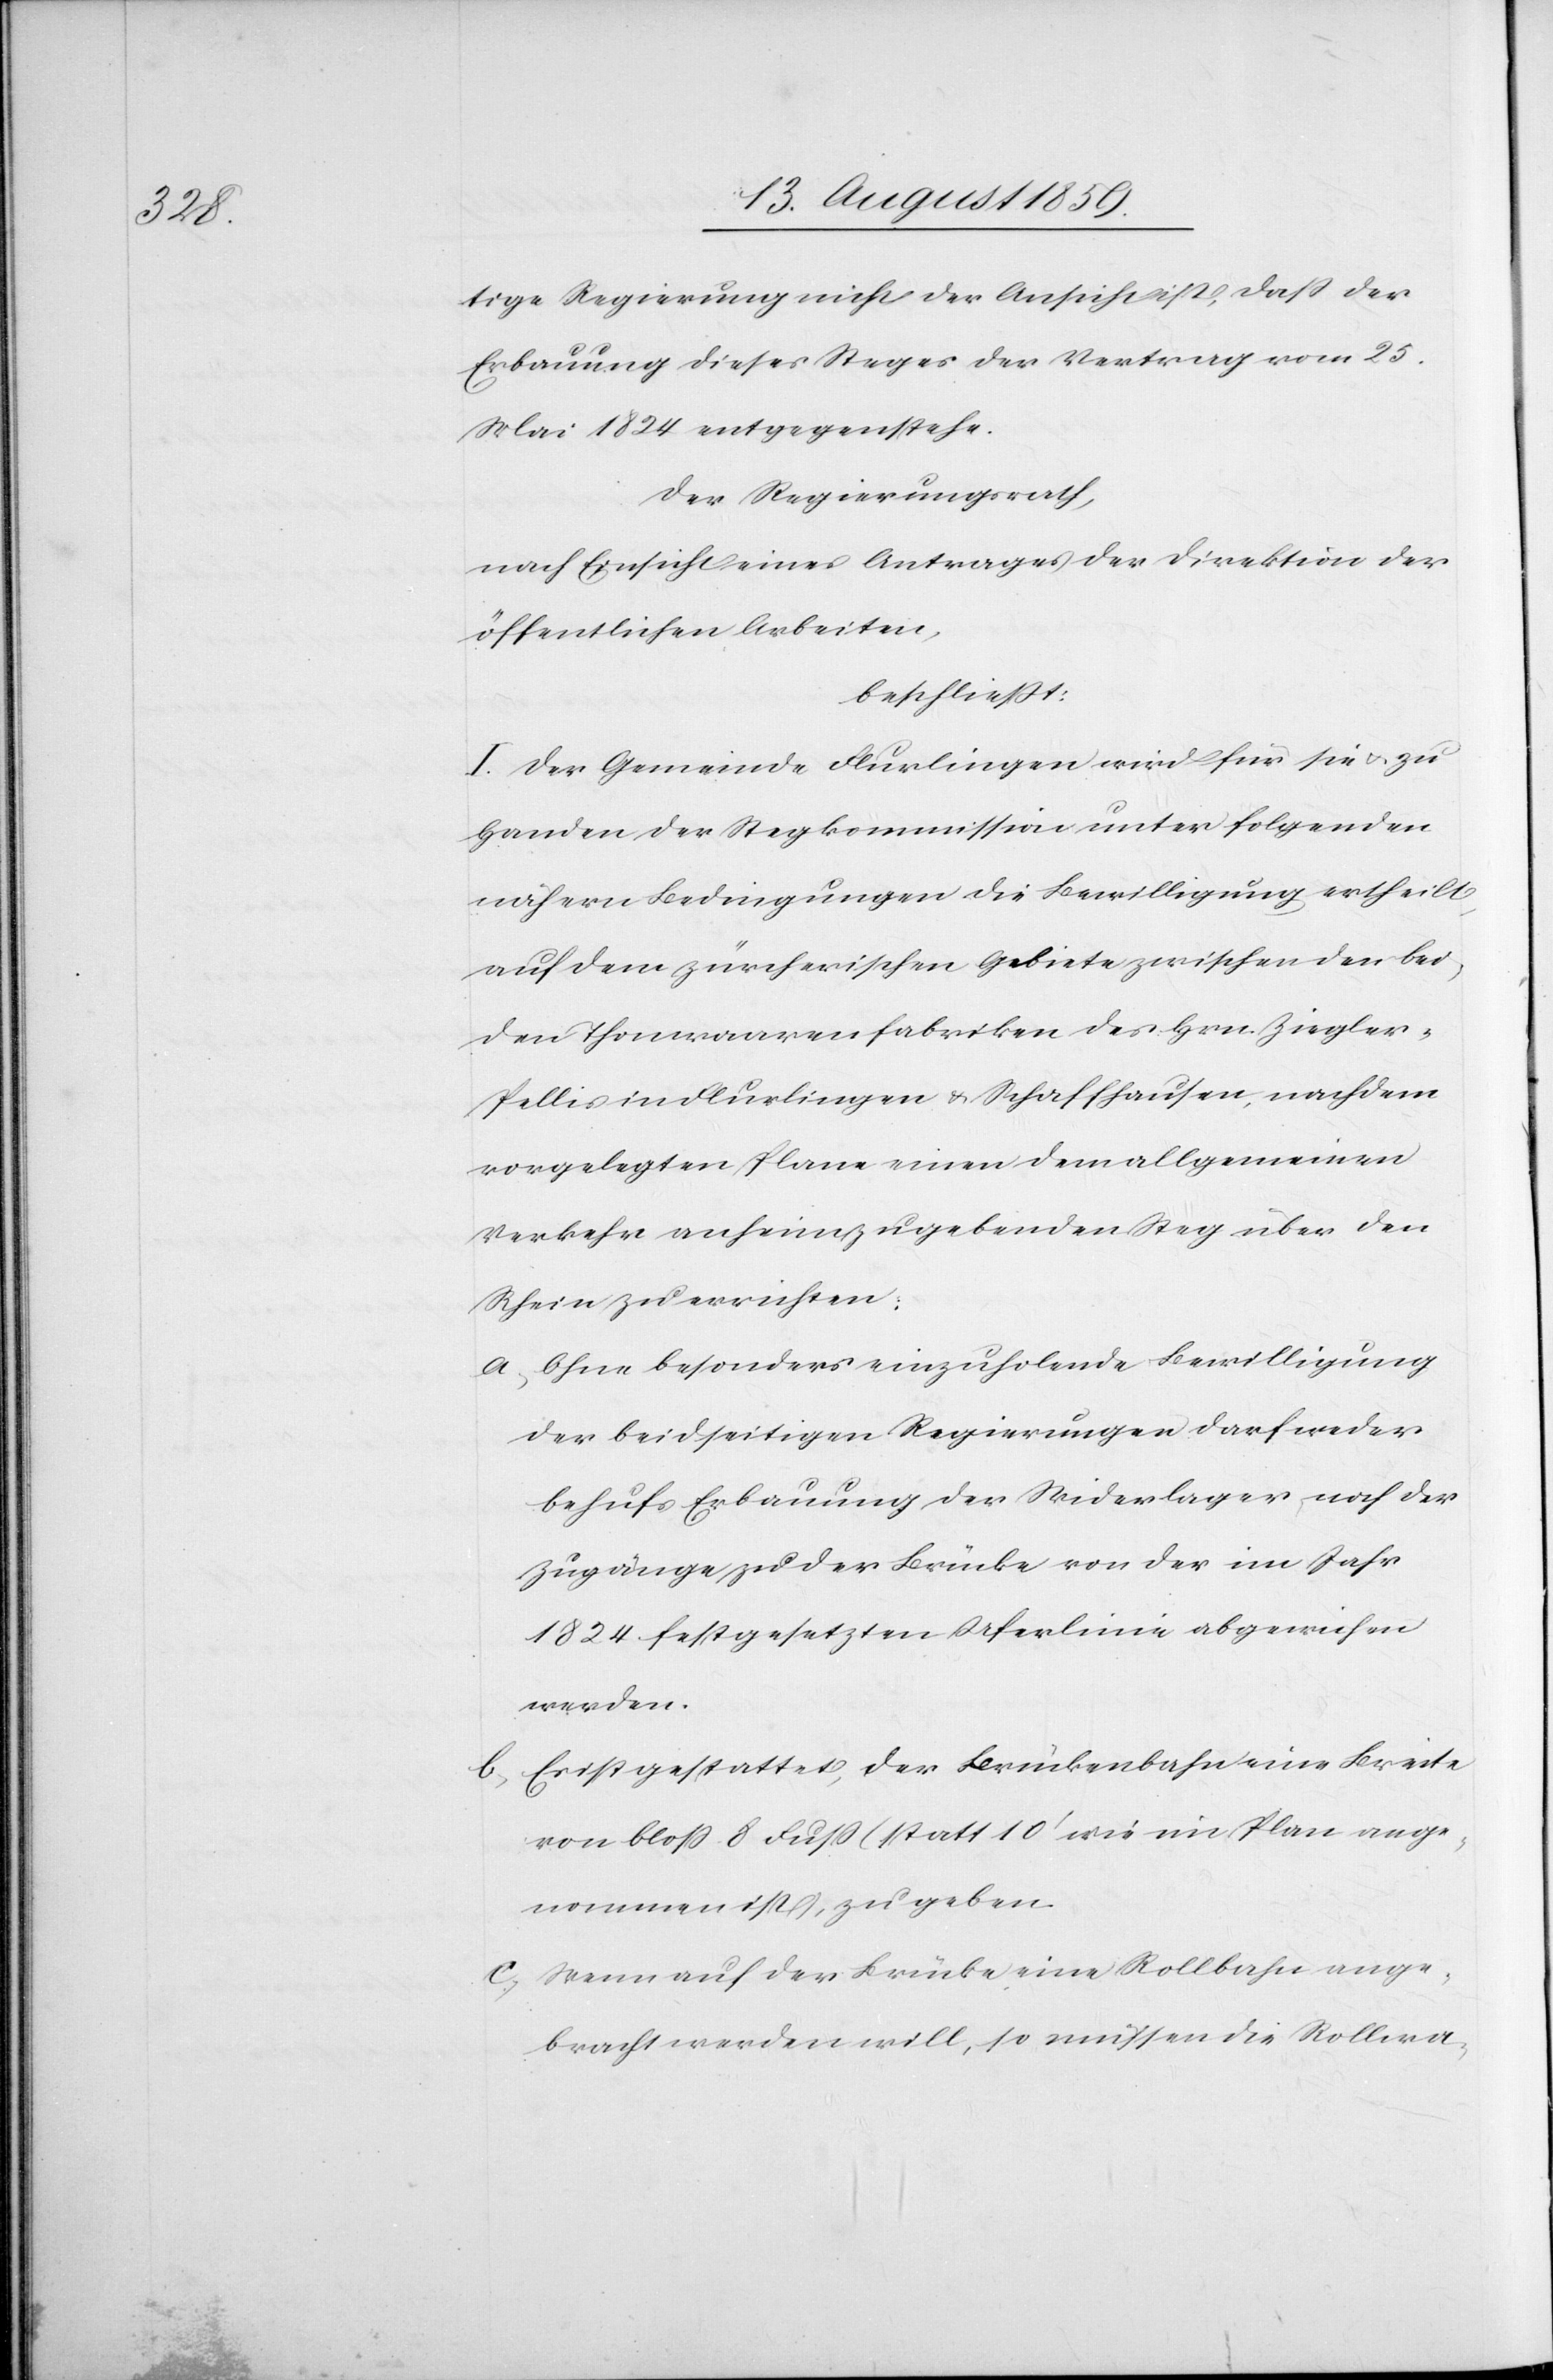
tige Regierung nicht der Ansicht ist, daß der
Erbauung dieses Steges der Vertrag vom 25.
Mai 1824 entgegenstehe.
Der Regierungsrath,
nach Einsicht eines Antrages der Direktion der
öffentlichen Arbeiten,
beschließt:
I. Der Gemeinde Flurlingen wird für sie u. zu
Handen der Stegkommission unter folgenden
nähern Bedingungen die Bewilligung ertheilt,
auf dem zürcherischen Gebiete zwischen den bei¬
den Thonwaarenfabriken des Hrn. Ziegler-P¬
ellis in Flurlingen u. Schaffhausen, nachdem
vorgelegten Plane einen dem allgemeinen
Verkehr anheimzugebenden Steg über den
Rhein zu errichten:
a. Ohne besonders einzuholende Bewilligung
der beidseitigen Regierungen darf weder
behufs Erbauung der Widerlager noch der
Zugänge zu der Brücke von der im Jahr
1824 festgesetzten Uferlinie abgewiesen
werden.
b. Es ist gestattet, der Brückenbahn eine Breite
von bloß 8 Fuß (statt 10’ wie im Plan ange¬
nommen ist, zu geben[)].
c. Wenn auf der Brücke eine Rollbahn ange¬
bracht werden will, so müssen die Rollwa-